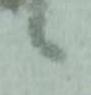
候